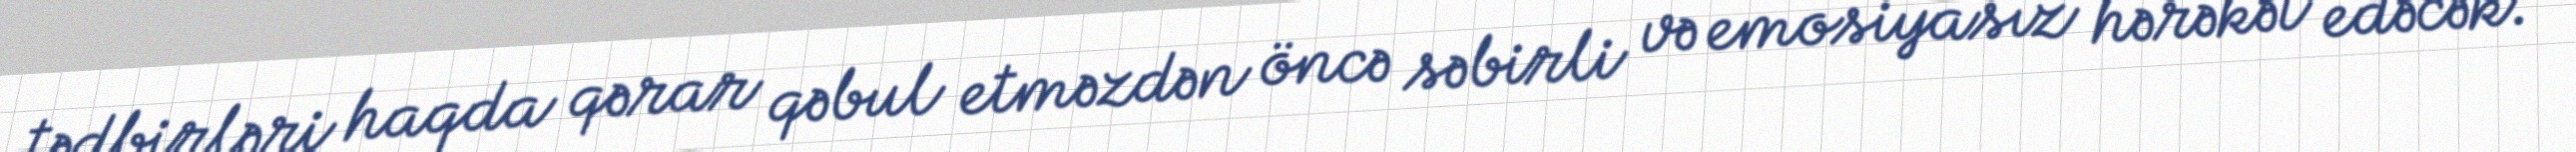
tədbirləri haqda qərar qəbul etməzdən öncə səbirli və emosiyasız hərəkət edəcək.